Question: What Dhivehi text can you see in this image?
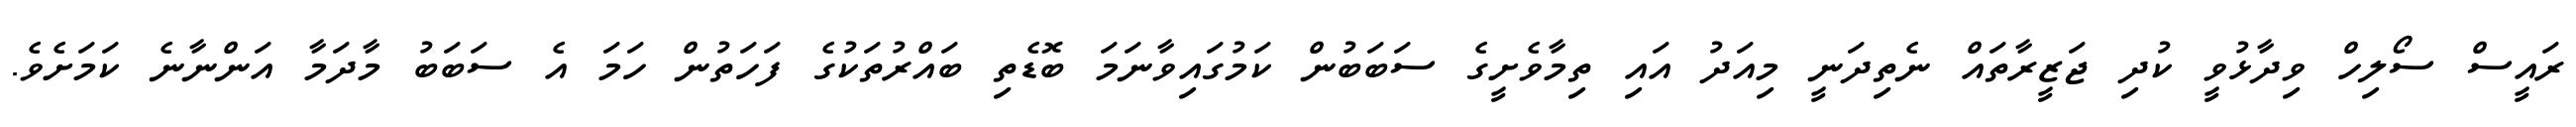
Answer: ރައީސް ސޯލިހް ވިދާޅުވީ ކުދި ޖަޒީރާތައް ނެތިދަނީ މިއަދު އައި ތިމާވެށީގެ ސަބަބުން ކަމުގައިވާނަމަ ބޮޑެތި ބައްރުތަކުގެ ފަހަތުން ހަމަ އެ ސަބަބު މާދަމާ އަންނާނެ ކަމަށެވެ.